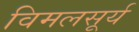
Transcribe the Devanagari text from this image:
विमलसूर्य